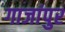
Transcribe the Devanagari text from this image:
गाजांपुर